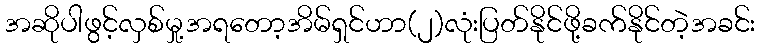
အဆိုပါဖွင့်လှစ်မှု့အရတော့အိမ်ရှင်ဟာ(၂)လုံးပြတ်နိုင်ဖို့ခက်နိုင်တဲ့အခင်း